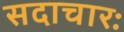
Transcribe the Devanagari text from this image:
सदाचारः